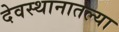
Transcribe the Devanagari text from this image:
देवस्थानातल्या